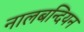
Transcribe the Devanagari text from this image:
नालबन्दियन